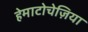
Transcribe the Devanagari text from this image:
हेमाटोचेज़िया